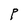
Character: P